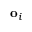
\mathbf { o } _ { i }